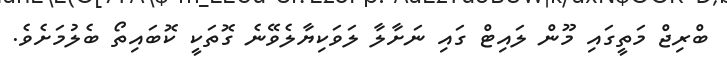
ބްރިޖް މަތީގައި މޫން ލައިޓް ގައި ނަށާލާ ލަވަކިޔާލެވޭނެ ގޮތަކީ ކޮބައިތޯ ބެލުމަށެވެ.